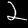
Label: 2